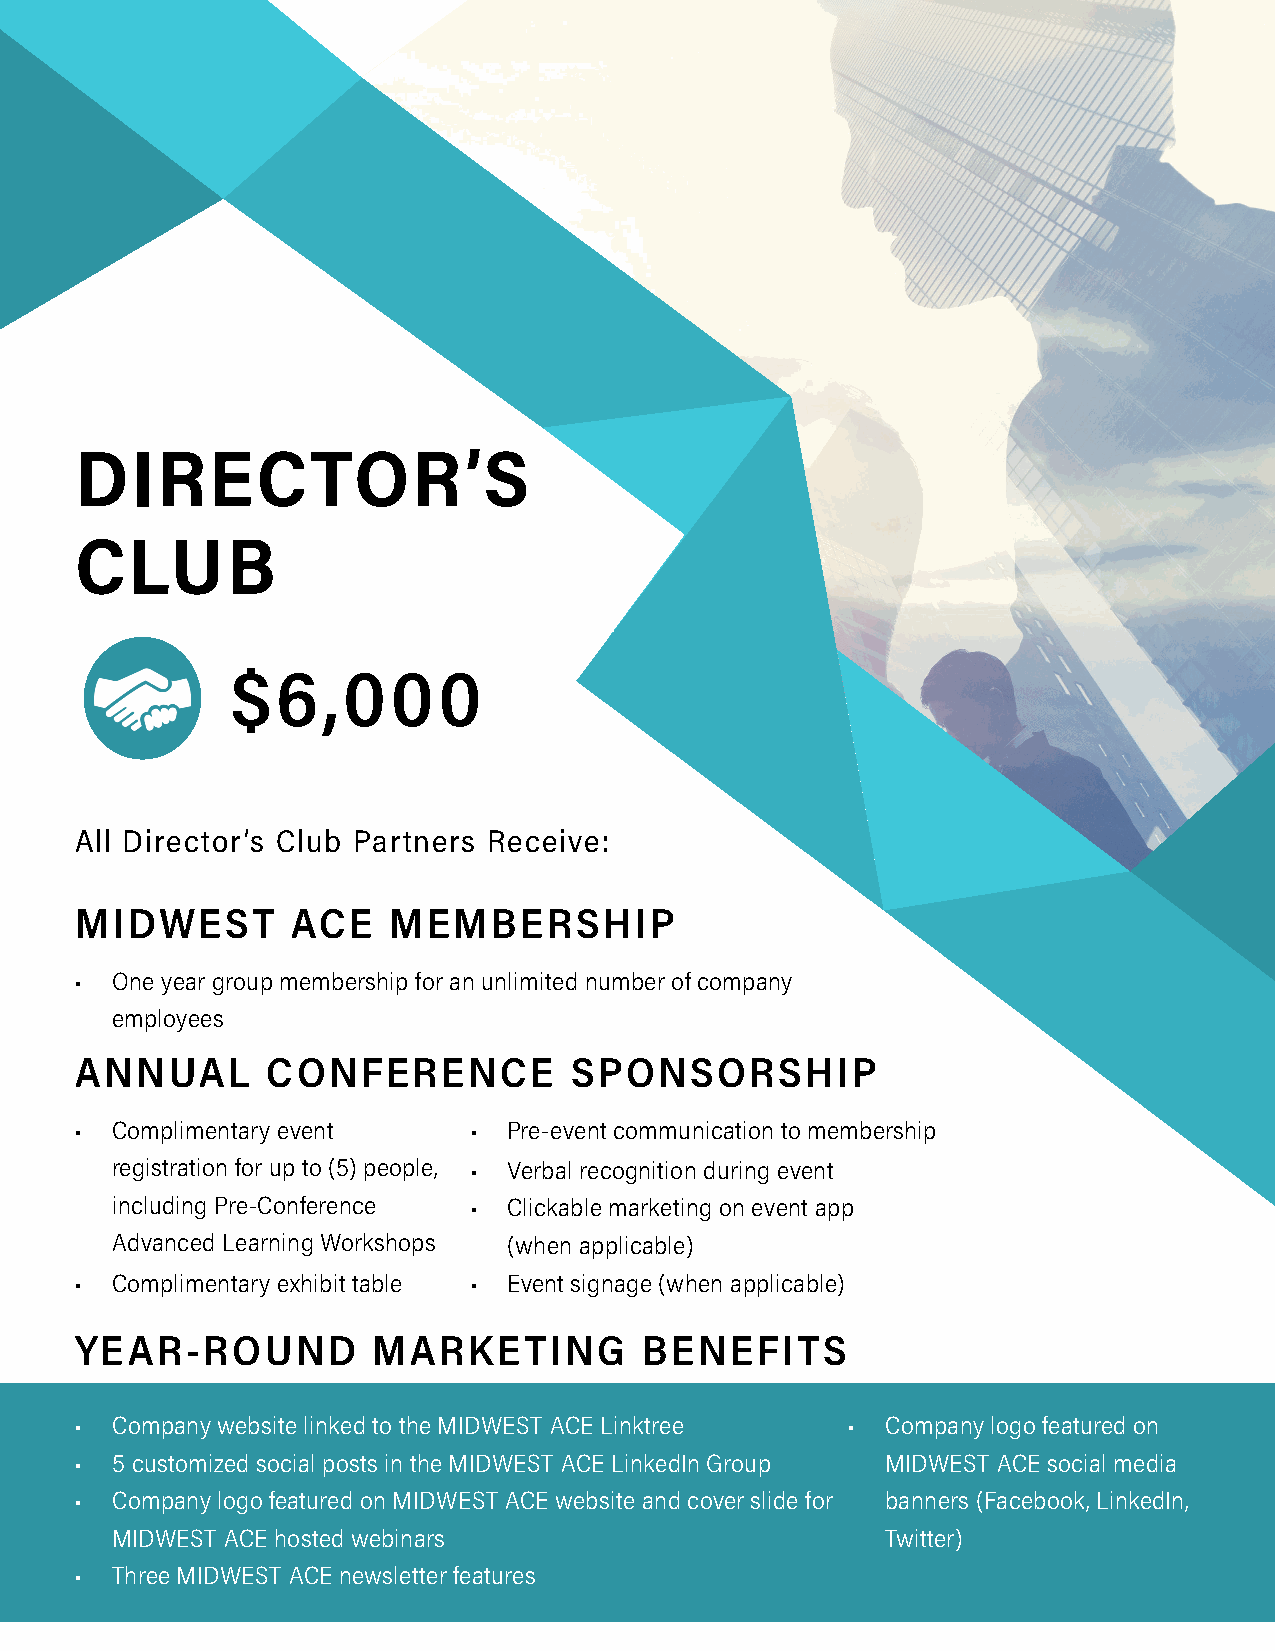
DIRECTOR’S
 CLUB
 $6,000
 All Director’s Club Partners Receive:
 MIDWEST       ACE    MEMBERSHIP
 • One year group membership for an unlimited number of company
 employees
 ANNUAL       CONFERENCE          SPONSORSHIP
 • Complimentary event     •  Pre-event communication to membership
 registration for up to (5) people, • Verbal recognition during event
 including Pre-Conference • Clickable marketing on event app
 Advanced Learning Workshops (when applicable)
 • Complimentary exhibit table • Event signage (when applicable)
 YEAR-ROUND          MARKETING         BENEFITS
 • Company website linked to the MIDWEST ACE Linktree • Company logo featured on
 • 5 customized social posts in the MIDWEST ACE LinkedIn Group MIDWEST ACE social media
 • Company logo featured on MIDWEST ACE website and cover slide for banners (Facebook, LinkedIn,
 MIDWEST ACE hosted webinars                         Twitter)
 • Three MIDWEST ACE newsletter features